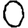
Digit: 0